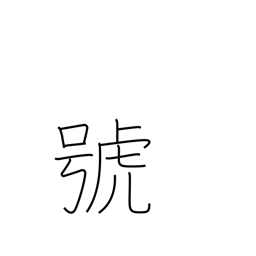
Meaning: symbol